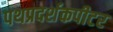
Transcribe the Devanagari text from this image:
पथप्रदर्शकपीटर